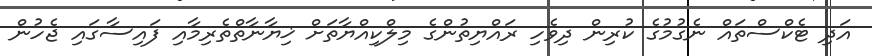
އަދި ޓެކްސްތައް ނެގުމުގެ ކުރިން ދިވެހި ރައްޔިތުންގެ މިލްކިއްޔާތަށް ޚިޔާނާތްތެރިމާއި ފައިސާގައި ޖެހުން